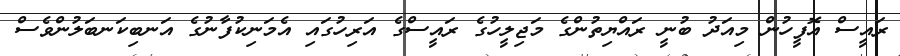
ރައީސް އޮފީހުން މިއަދު ބުނީ ރައްޔިތުންގެ މަޖިލީހުގެ ރައީސްގެ އަރިހުގައި އެމަނިކުފާނުގެ އަނބިކަނބަލުންވެސް